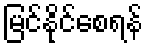
မြင်နိုင်စေရန်